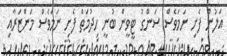
އަލުން ފެށި ނަމަވެސް ސަންގު ޓީވީން ބުނީ ހިދުމަތް ފެށި ނަމަވެސް މަންޒަރާއި